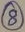
Text: 8